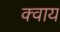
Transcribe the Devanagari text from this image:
क्वाय